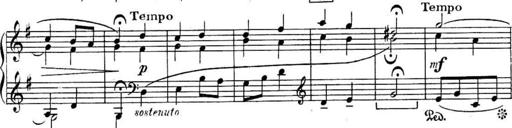
Title: Sonatines
Composer: Hedwige ChrÃ©tien